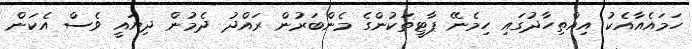
ހަމައެއާއެކު އިއްތިހާދުގައި ހިމެނޭ ޕާޓީތަކުންގެ މެންބަރުން ރައްދު ދެމުން ދިޔައީ ވެސް އެކަން